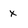
Character: x